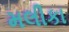
મલીકા